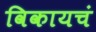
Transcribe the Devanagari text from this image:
विकायचं